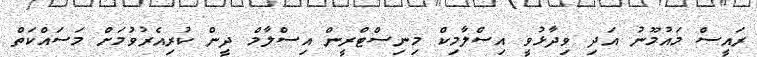
ރައީސް މައުމޫނު އަދި ވިދާޅުވީ އިސްލާމިކް މިނިސްޓްރީން އިސްލާމް ދީން ކުރިއެރުވުމަށް މަސައްކަތް